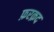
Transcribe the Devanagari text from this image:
फ़रक़द